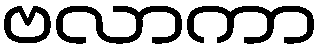
ဗလာကာ